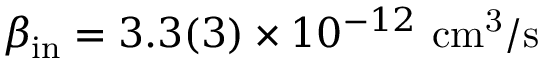
\beta _ { \mathrm { i n } } = 3 . 3 ( 3 ) \times 1 0 ^ { - 1 2 } \ \mathrm { c m ^ { 3 } / s }